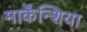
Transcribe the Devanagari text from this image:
मार्केंन्शिया